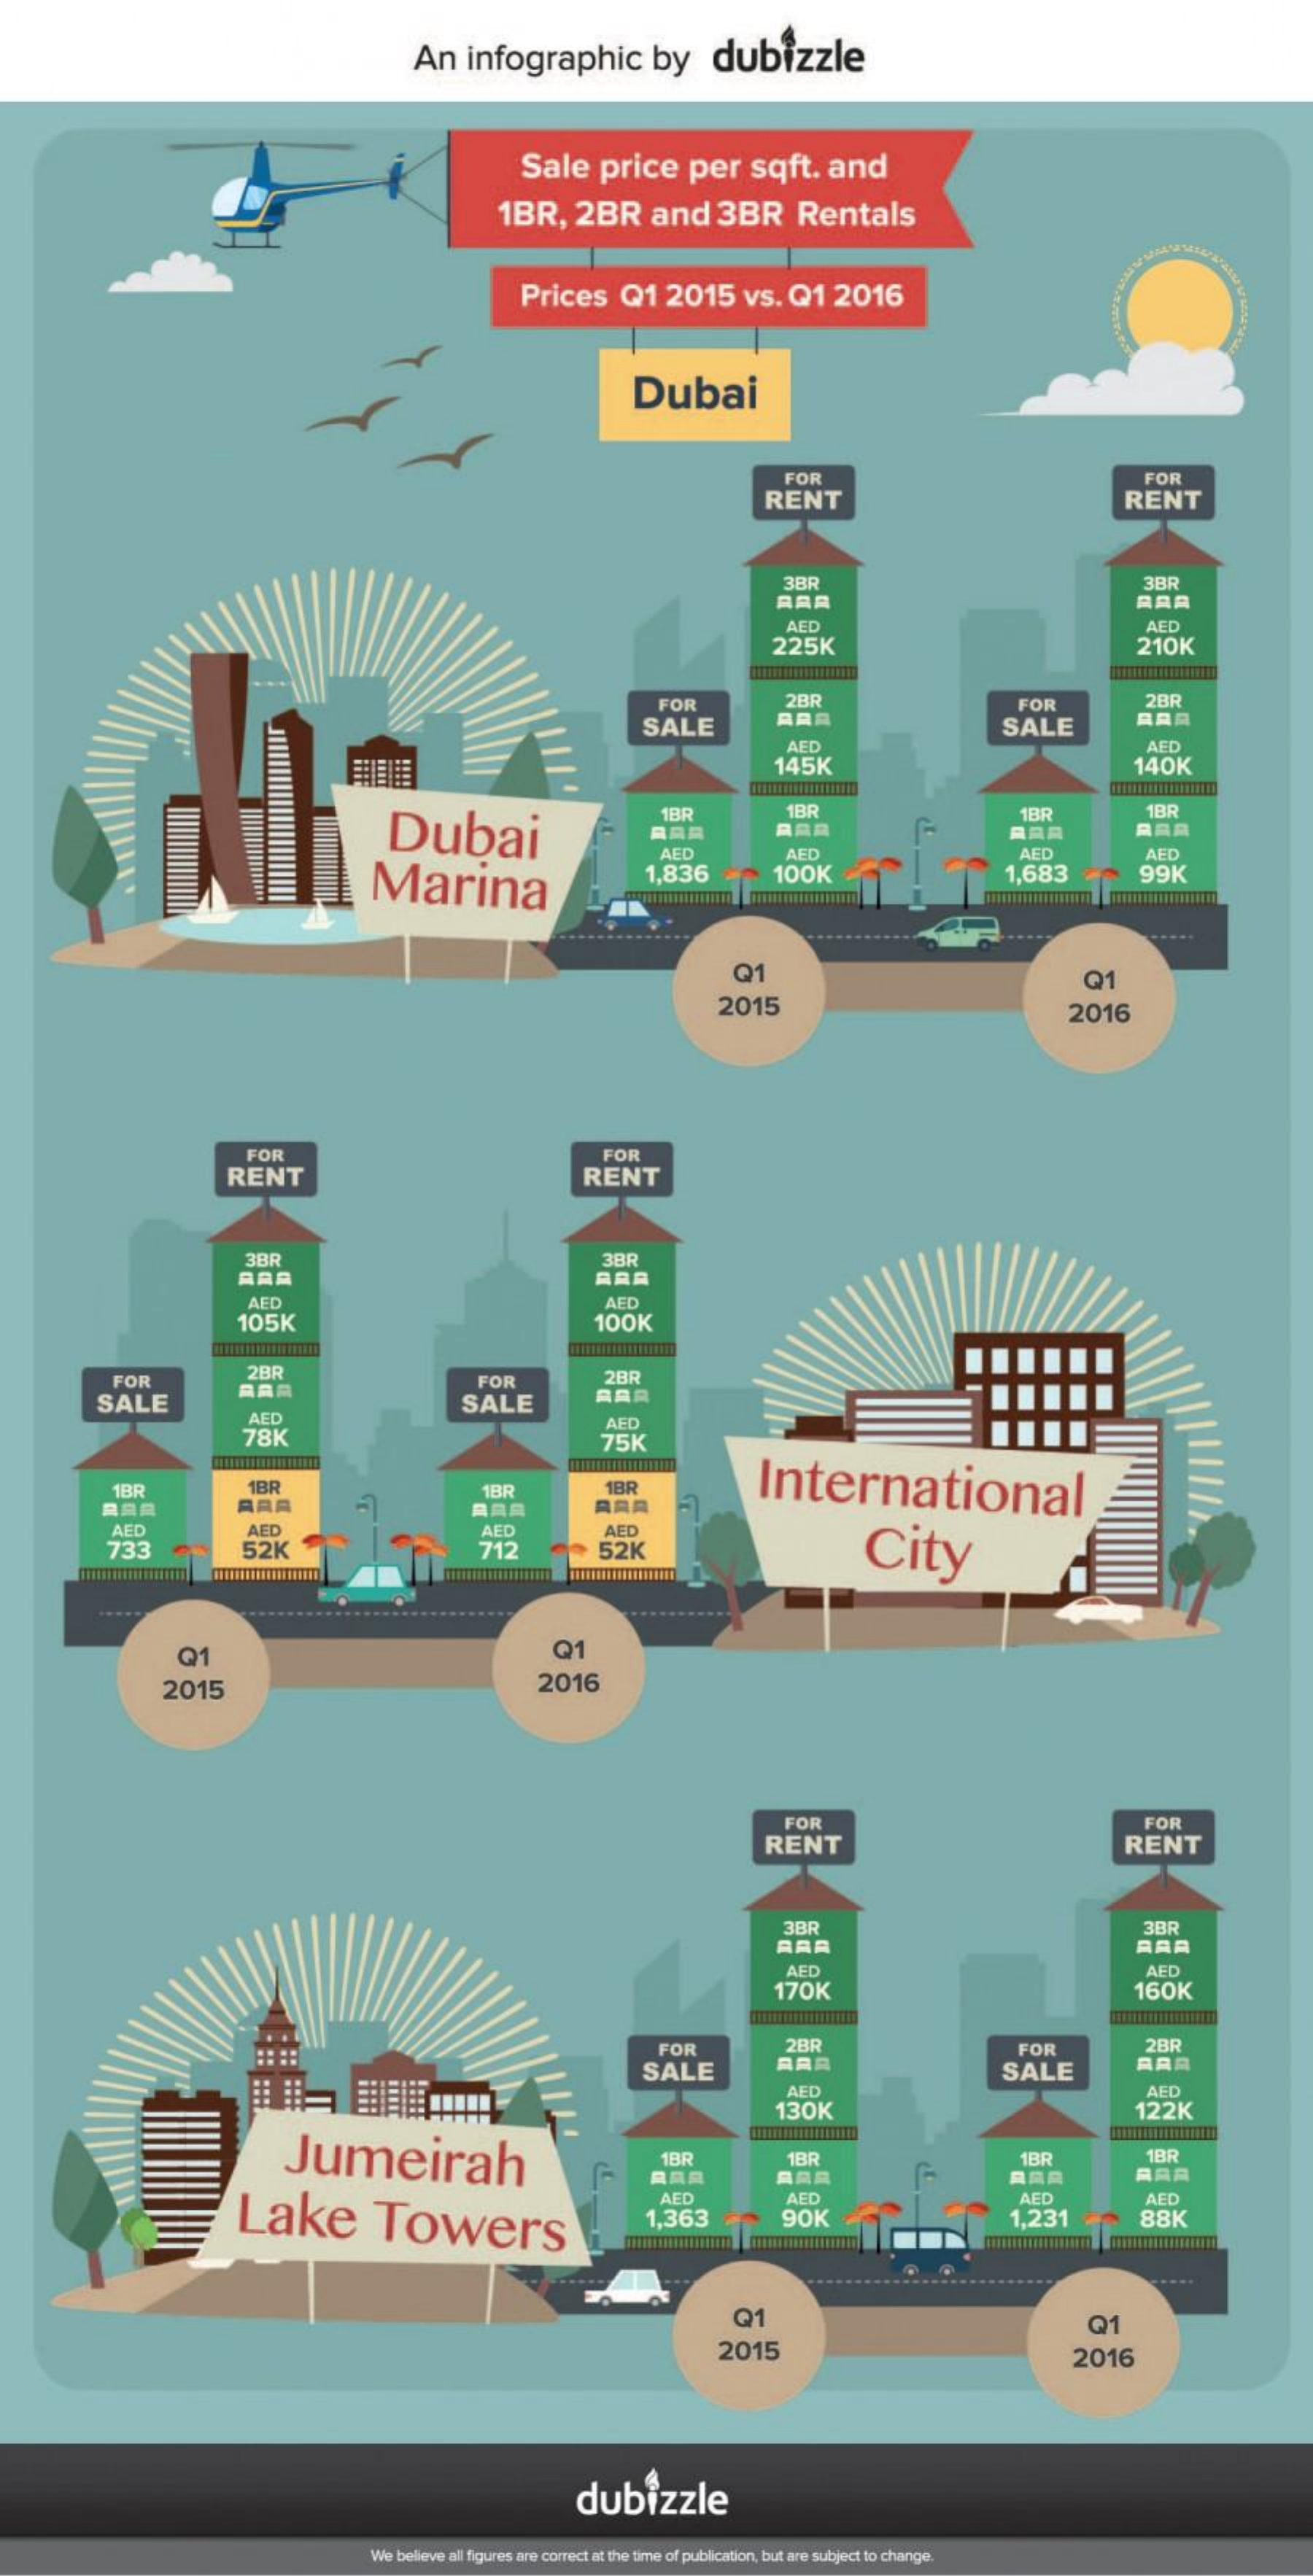
An    infographic    by    dubizzle
     Sale    price    per    sqft.    and
     1BR,    2BR    and    3BR    Rentals
     Prices    Q1    2015    vs.   Q1    2016
     Dubai
     FOR    FOR
     RENT    RENT
     3BR    3BR
     ARA
     AED
     225K
     AED
     210K
     FOR    2BR    FOR    2BR
     SALE    ARR    SALE
     AED
     145K
     AED
     140K
     Dubai
     1BR    1BR
     RAR    RAR
     1BR    1BR
     RAR    RAR
     Marina
     AEC
     1,836
     AED    AFD
     100K    1,683
     AED
     99K
     Q1    Q1
     2015    2016
     FOR    FOR
     RENT    RENT
     3BR    3BR
     RAR    RAR
     AED    AFD
     105K    100K
     FOR    2BR
     RAR
     FOR    2BR
     SALE    SALE    AAR
     AED
     78K
     AED
     75K
     International 1BR 1BR 1BR
     RAR
     1BR
     ARA
     AED
     733
     AED
     ARA
     52K
     AED
     712
     AED
     52K    City
     Q1    Q1
     2015    2016
     FOR    FOR
     RENT    RENT
     3BR    3BR
     RAR    AAR
     AFD    AFD
     170K    160K
     FOR    2BR
     RAR
     FOR    2BR
     SALE    SALE
     AED
     130K
     AED
     122K
     Jumeirah    1BR    1BR
     Lake    Towers
     RAR
     1BR    1BR
     ARR    RAR    RAR
     AED    AED
     1,363    90K
     AED
     1,231
     AED
     88K
     Q1
     2015
     Q1
     2016
     dubizzle
     We believe all figures are correct at the time of publication, but are subject to change.